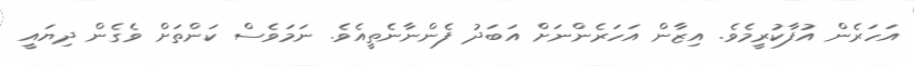
އަހަރެން އުފާކުރީމެވެ. އިޒާން އަހަރެންނަށް އަބަދު ފެންނާނެތީއެވެ. ނަމަވެސް ކަންތަށް ވެގެން ދިޔައީ